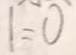
1 = 0